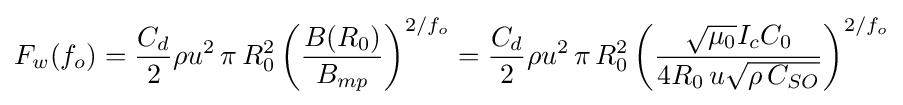
F_{w}(f_{o})={\frac {C_{d}}{2}}\rho u^{2}\,\pi \,R_{0}^{2}\,{\biggl (}{\frac {B(R_{0})}{B_{mp}}}{\biggr )}^{2/f_{o}}={\frac {C_{d}}{2}}\rho u^{2}\,\pi \,R_{0}^{2}\,{\biggl (}{\frac {{\sqrt {\mu _{0}}}I_{c}C_{0}}{4R_{0}\,u{\sqrt {\rho \,C_{SO}}}}}{\biggr )}^{2/f_{o}}